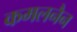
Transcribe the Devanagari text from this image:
कमलनैन